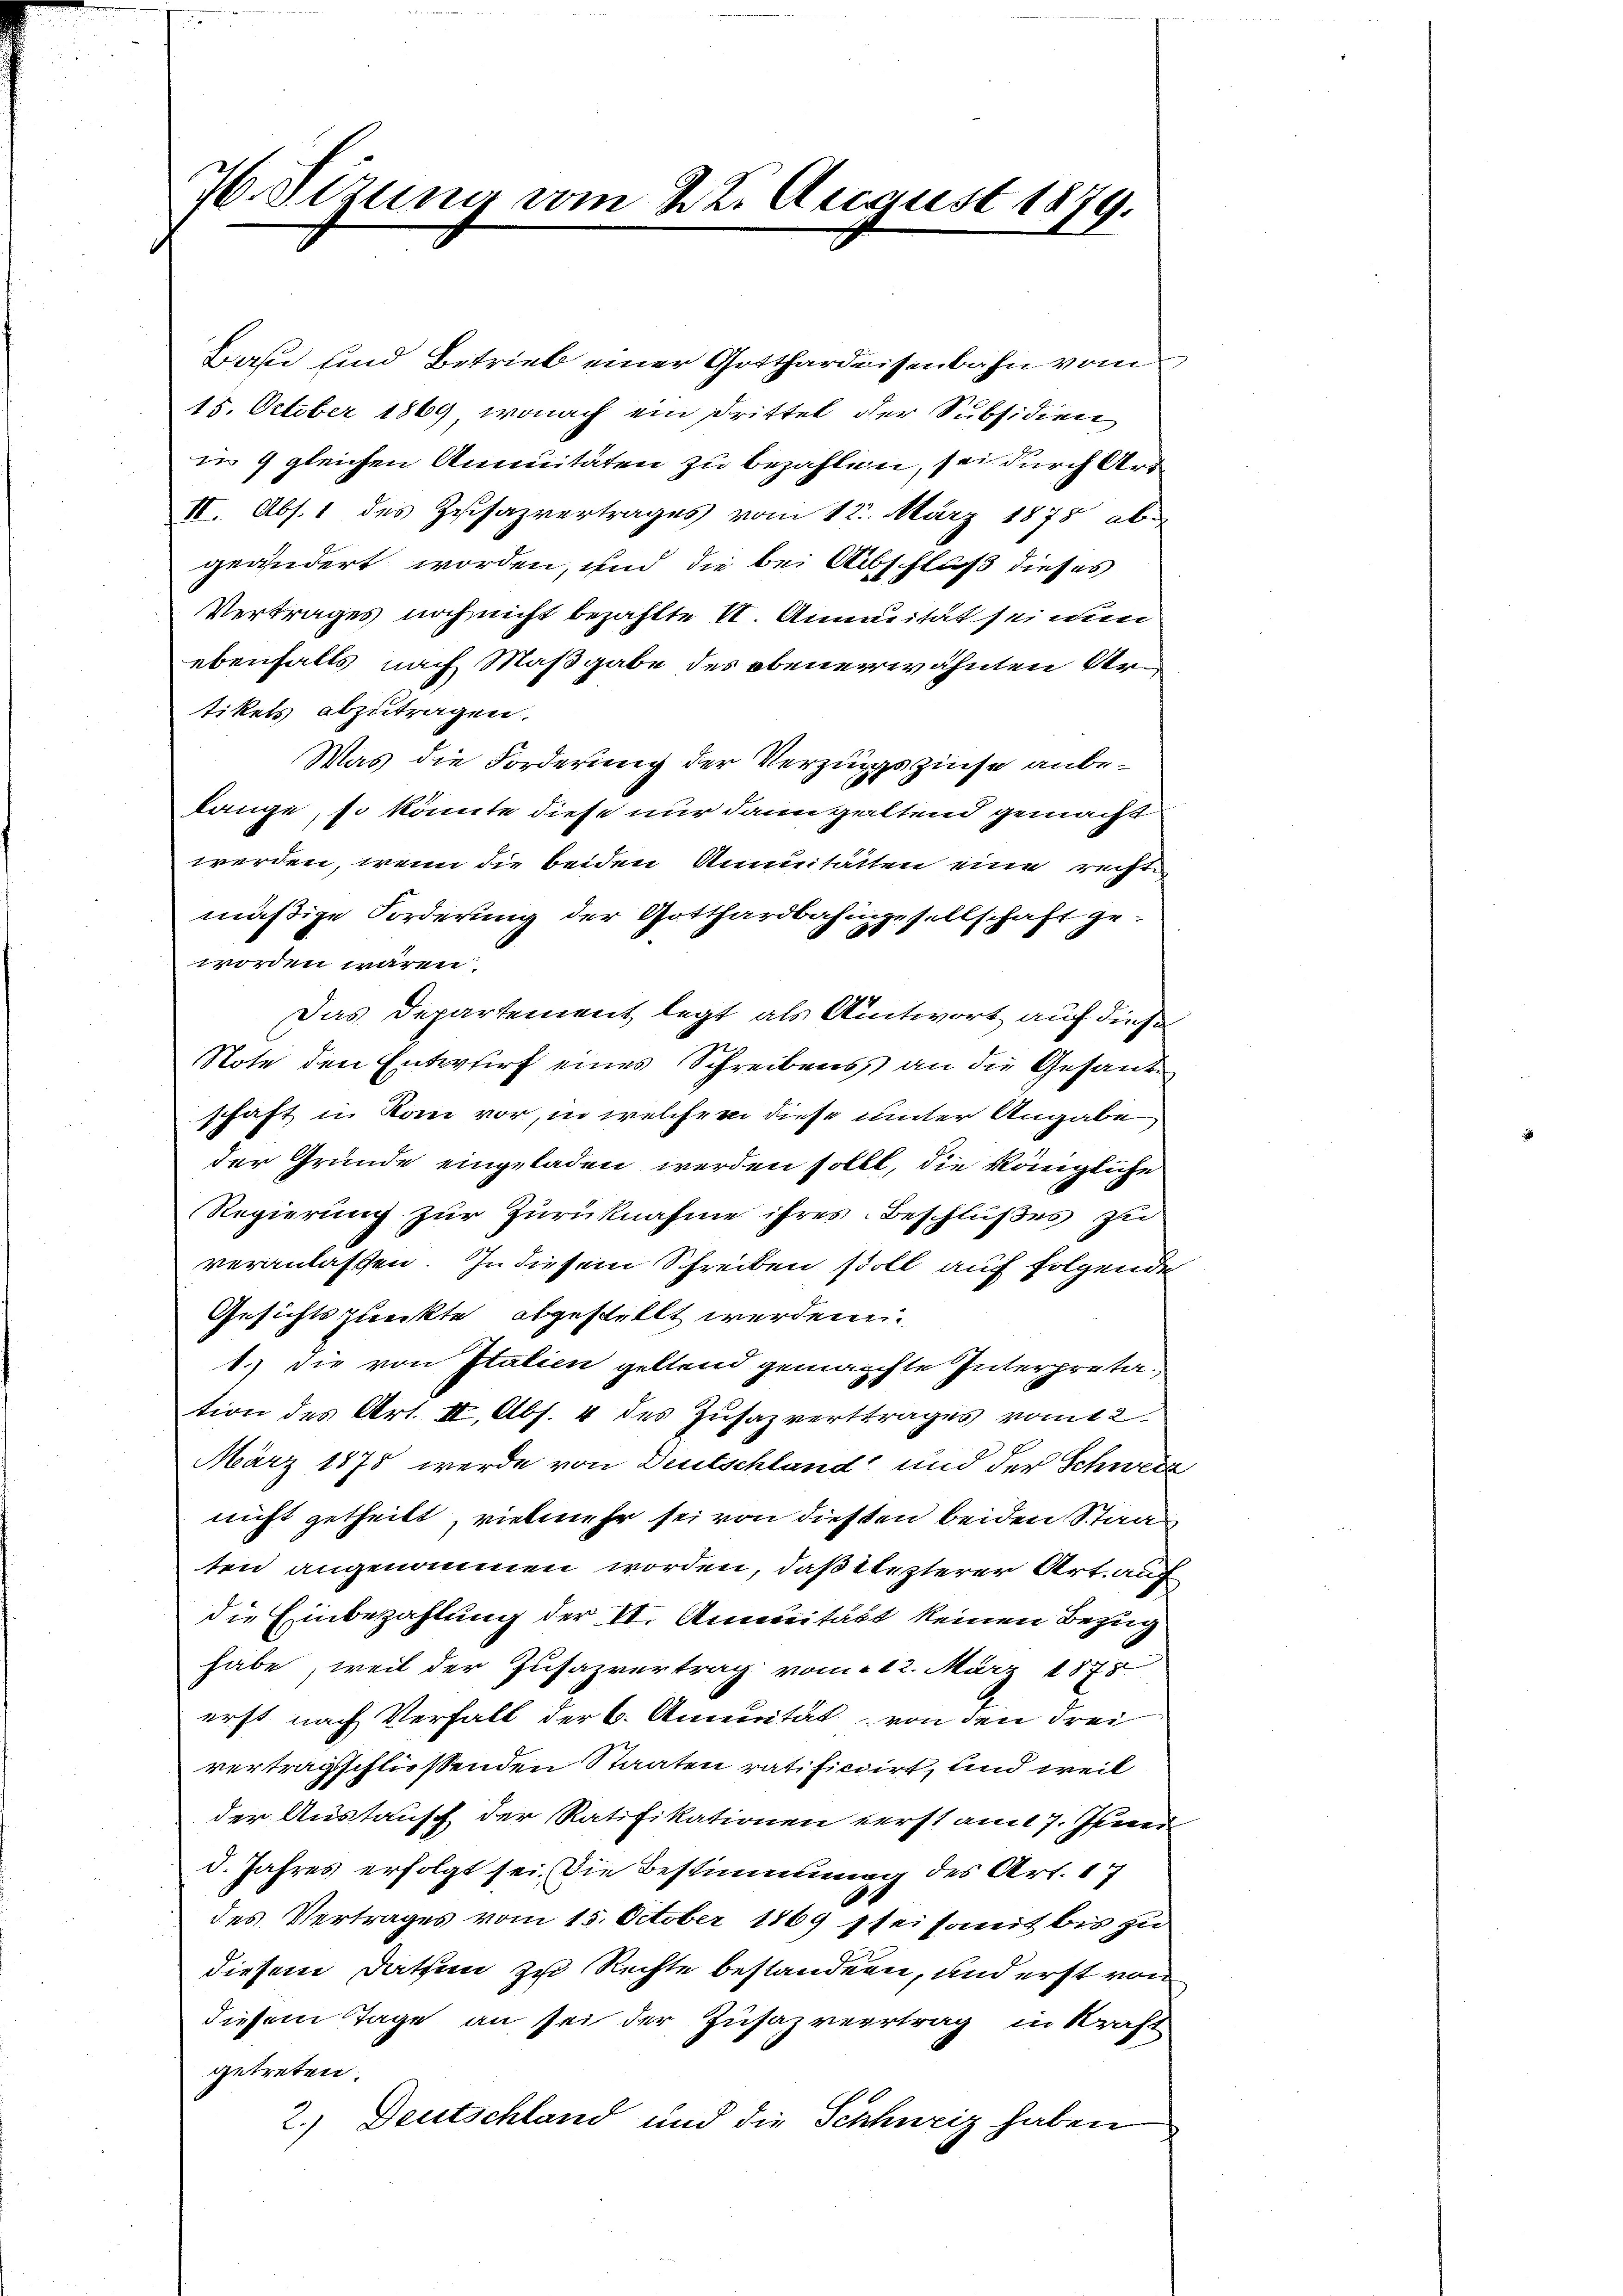
76. Sitzung vom 22. August 1879.

Bau und Betrieb einer Gotthardeisenbahn vom
15. October 1869, wonach ein Drittel der Subsidien
in 9 gleichen Annuitäten zu bezahlen, sei durch Art
II. Abs. 1 des Zusazvertrages vom 12. März 1878 aber
geändert worden, und die bei Abschluß dieses
Vertrages noch nicht bezahlte II. Annuität sei nun
ebenfalls nach Maßgabe des obenerwähnten Artikels abzutragen.
Was die Forderung der Verzugszinse anbelänge, so könnte diese nur dann galtend gemacht
werden, wenn die beiden Annuitätten eine recht
mäßige Forderung der Gotthardbahngesellschaft geworden wären.
Das Departement legt als Antwort auf diese
Note den Entwurf eines Schreibens an die Gesande
schaft in Rom vor, in welchem diese unter Angabe
der Gründe eingeladen werden sollt, die kängliche
Regierung zur Zurücknahme ihres Beschlußes zu
veranlassen. In diesem Schreiben stoll auf folgende
Gesichtspunkte abgestellt werden.
1.) Die von Italien geltend gemachte Interpretation des Art. II, Abs. 4 des Zŭsazvertrages vom 2
März 1875 werde von Deutschland und der Schweiz
nicht getheilt, vielmehr sei von diesen beiden Staat
ten angenommen worden, daß lezterer Art. auf
die Einbezahlung der II. Annuität keinen Bezug
habe, weil der Zusazvertrag vom 12. März 1875
erst nach Verfall der 6. Annuität von den drei
vertragsschliessenden Staaten ratificiirt, und weil
der Austausch der Ratifikationen verst am 7. Jenn
5. Jahres erfolgt sei. Die Bestimmung des Art. 17
des Vertrages vom 15. October 1869 stei somit bis zu
diesem Dathun zu Rechte bestanden, und erst von
diesem Tage an sei der Zusazvertrag in Kraft
getreten.
2.) Deutschland und die Schhuriz haben